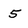
Character: 5